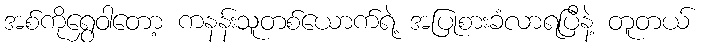
အစ်ကိုရွှေဝါတော့ ကနန်းသူတစ်ယောက်ရဲ့ အပြုစားခံလာရပြီနဲ့ တူတယ်